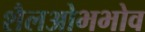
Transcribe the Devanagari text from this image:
शैलओभभोव